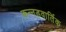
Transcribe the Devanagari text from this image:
कन्नडवार्तिक